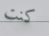
كنت